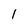
Character: 1